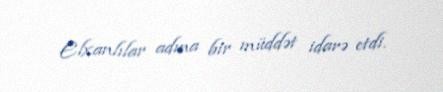
Elxanlılar adına bir müddət idarə etdi.